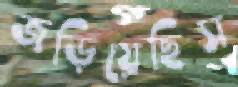
জড়িয়েছিস